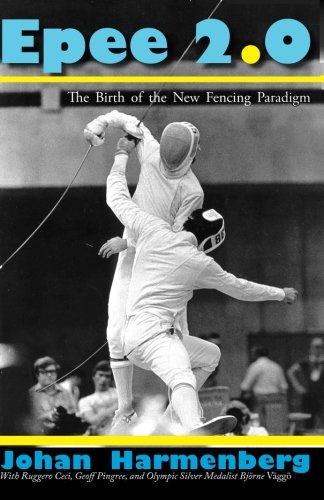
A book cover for Epee 2.0: The Birth Of The New Fencing Paradigm; Johan Harmenberg; Sports & Outdoors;